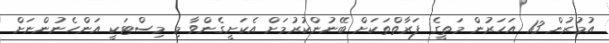
އުމުރުން 13 އަހަރުން މަތީގެ ފަރާތްތަކަށް ބޭނުންކުރުމަށް އެކަށީގެންވާ މި މިސްޓަކީ އަންހެނުންނަށް